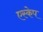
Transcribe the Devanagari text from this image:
एस्‍केप